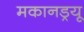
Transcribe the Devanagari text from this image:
मकानड्रयू